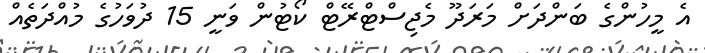
އެ މީހުންގެ ބަންދަށް މަރަދޫ މެޖިސްޓްރޭޓް ކޯޓުން ވަނީ 15 ދުވަހުގެ މުއްދަތެއް